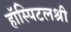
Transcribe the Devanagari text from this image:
हॉस्पिटलश्री